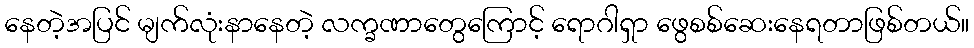
နေတဲ့အပြင် မျက်လုံးနာနေတဲ့ လက္ခဏာတွေကြောင့် ရောဂါရှာ ဖွေစစ်ဆေးနေရတာဖြစ်တယ်။